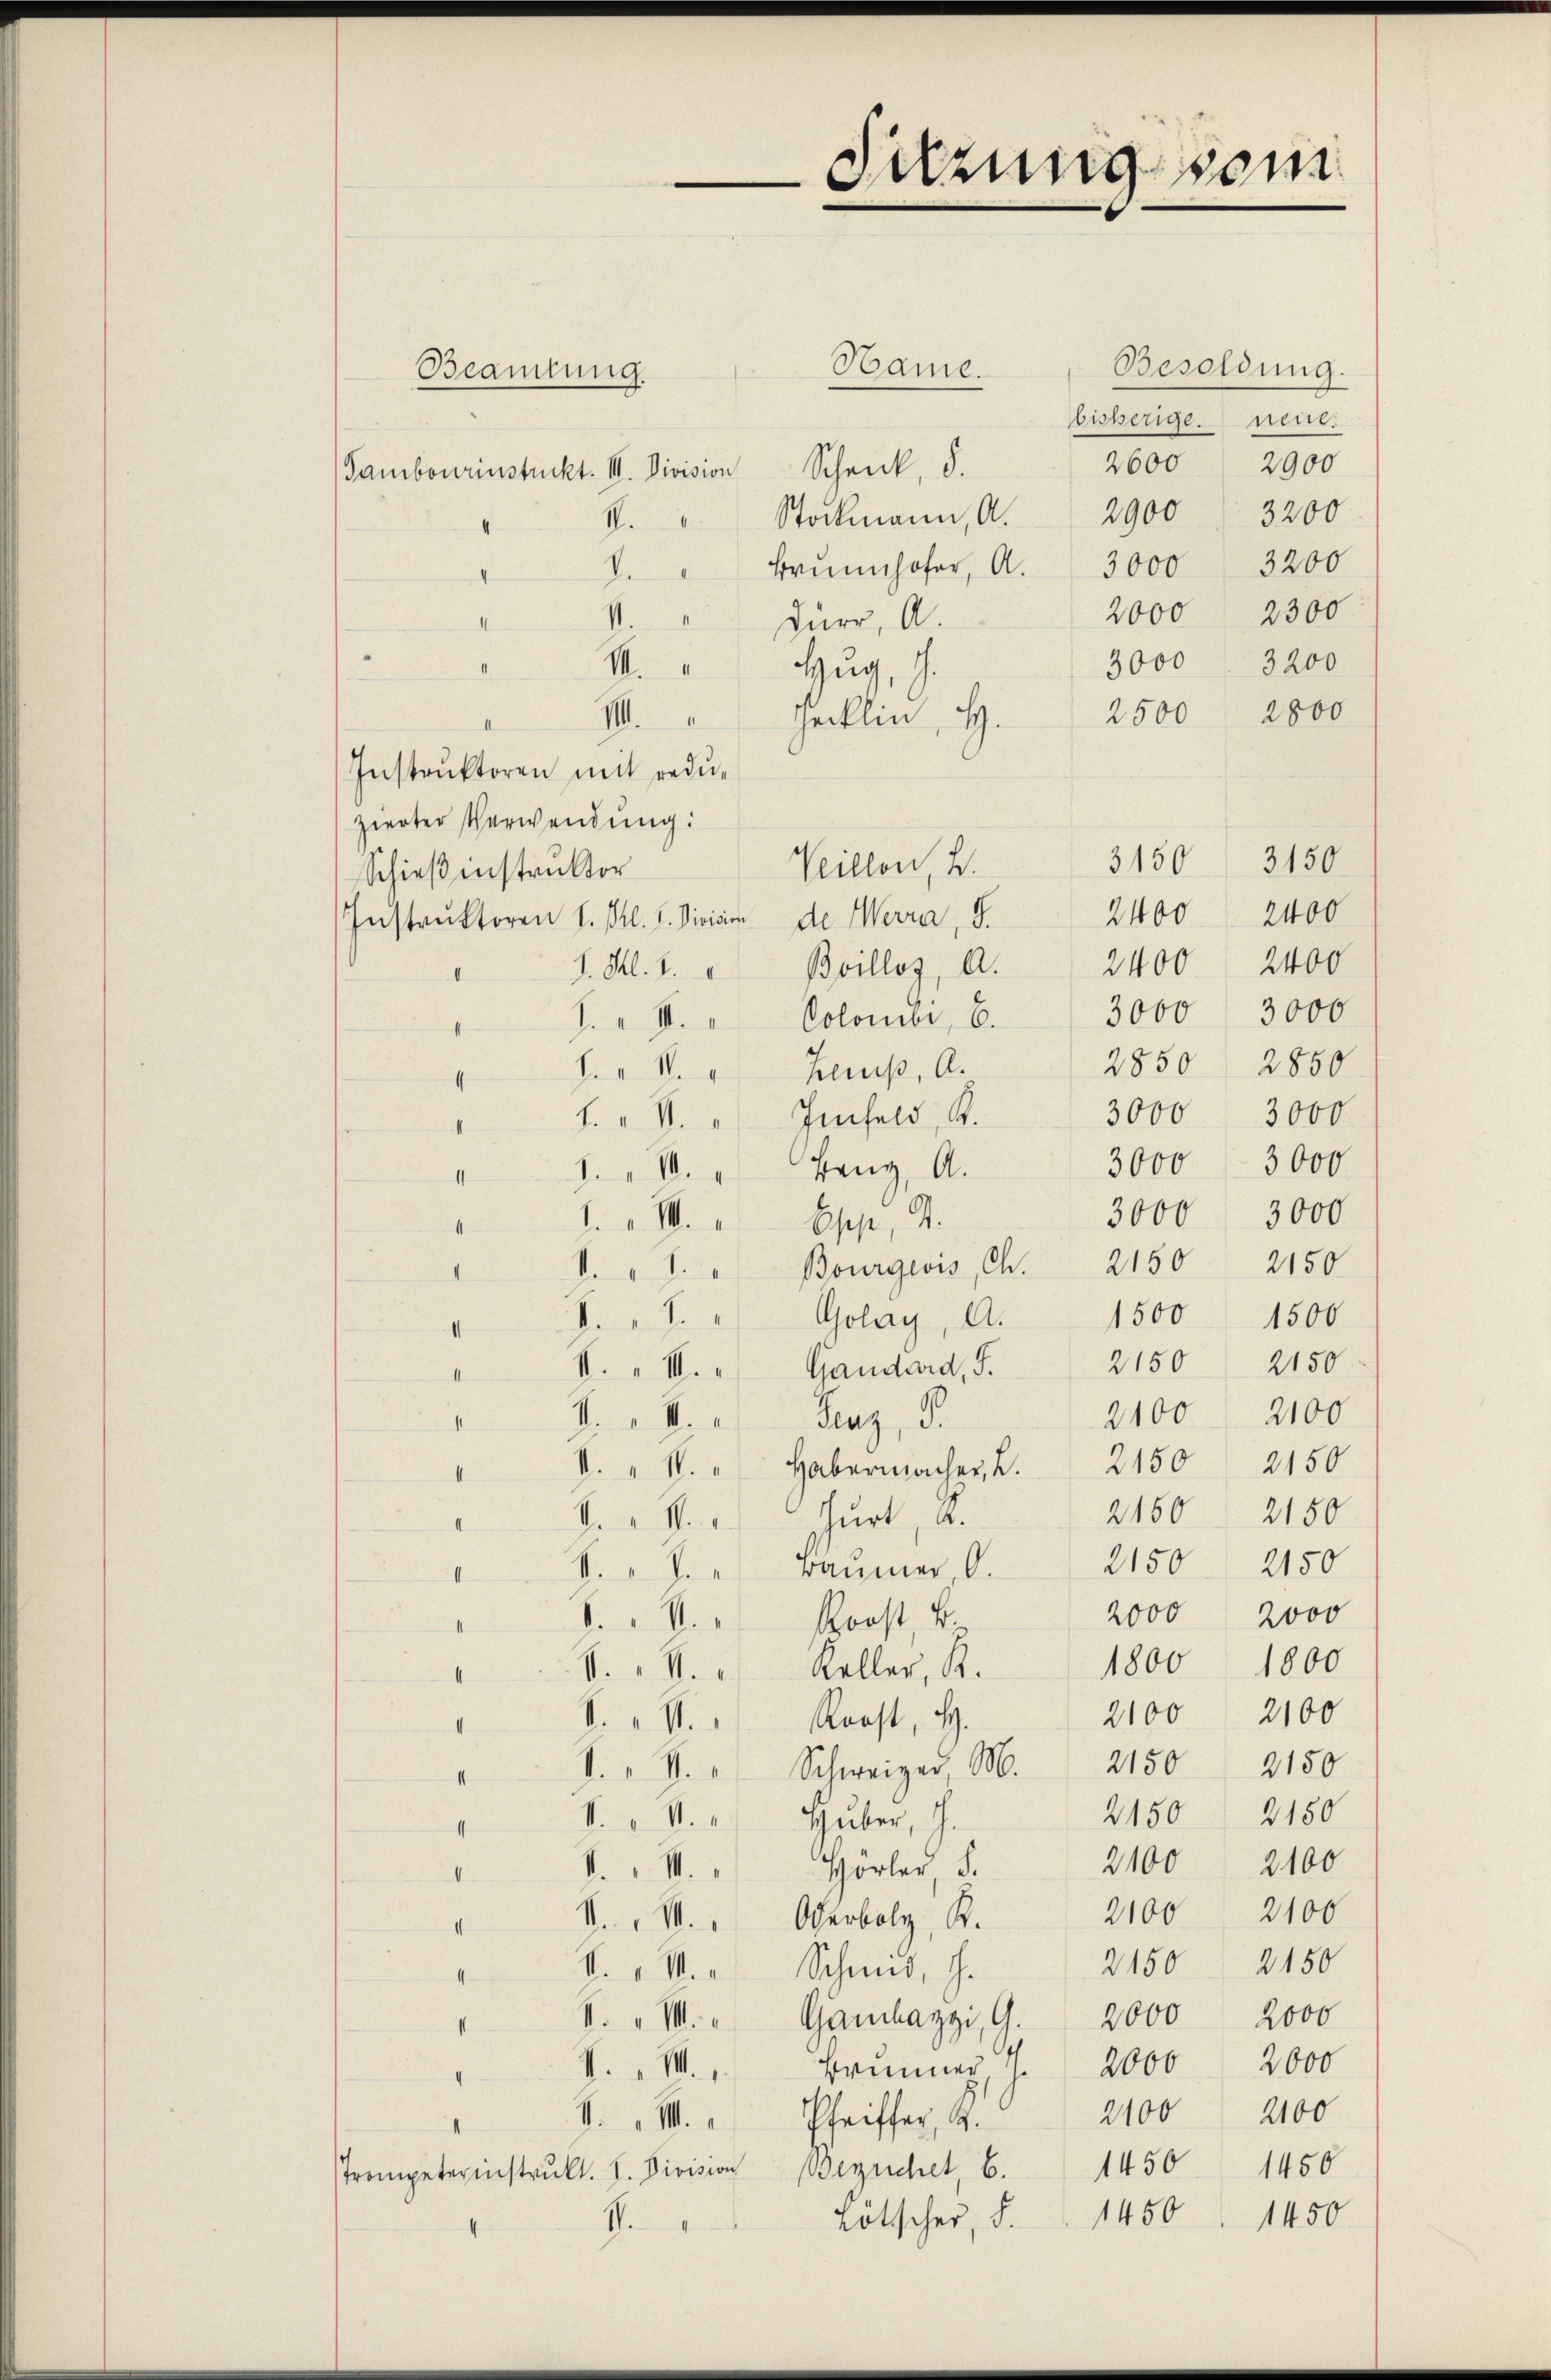
Sitzung vom

Besoldung.
Hame.
Beamtung.
bisherige neue.
2600 2900
Tambourinstückt. III. Division Schenk, d.
2900 3200
Stockmann, A.
.
Brŭnnhofer, Al. 3000 3200
.
4
2000 2300
Dürr, A.
I
3200
3000
M.
Hug, G.
2500 2800
IIII. " Hecklin, H.
Instruktoren mit reduzierter Verwendung:
3150 3150
Veillen, 4.
Schießenstruktor
Instruktoren S. Bl. 1. Division de Werra, S. 2400 2400
2400
2400
I. Al. 1. u Boilloz, A.
1. " II. " Colomer, 6. 3000 3000
2850 2850
h. 1. Heß, A.
3000 3000
f. II. Infeld, K.
3000 - 3000
1.1. " Benz, A.
4
3000 3000
1. v. M. Opp, 4.
4
d. " 1. " Bourgeois, Ch. 2150 2150
S. " J. " " Golay, A. 1500 1500
.
2150 2150
II. „ III. Gandard, S.
II
2100 2100
I.
Feuz, d.
M.
4
V. " 1. " Habermacher, 2. 2150. 2150
I
2160 2150
S. v. M. v. Hurt, a.
I
2150
2150
" 8. " J. Baŭmer, O.
2000 2000
8.4. " Roost k.
1800
1800
S. M. Keller, R.
2100 2100
S. V. " Roost, H.
S. " V. " Schweizer M. 2150. 2150
2150 2180
4. v. M. v. Huber, J.
2100 2100
Horlar d.
M.
2100 2100
V. 14. " Oberbolz, K.
2150 2150
k. M. Schmid, J.
k. " " Gambaggi, G. 2000 2000
V. III. Bamner, S. 2000 2000
2100 2100
4. M. Pfeiffer, K.
Trompeterinstrŭkt. I. Division errichet, 6. 1450 1450
1450
1450
Lötscher, S.
.